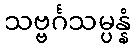
သဗ္ဗင်္ဂသမ္ပန္နံ